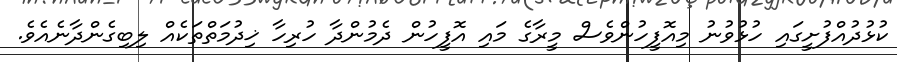
ކުޅުދުއްފުށީގައި ހުޅުވުނު މިއޮފީހުންވެސް މީރާގެ މައި އޮފީހުން ދެމުންދާ ހުރިހާ ޚިދުމަތްތަކެއް ލިބިގެންދާނެއެވެ.